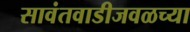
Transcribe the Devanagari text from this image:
सावंतवाडीजवळच्या